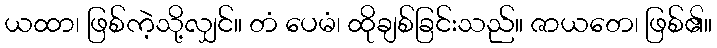
ယထာ၊ ဖြစ်ကဲ့သို့လျှင်။ တံ ပေမံ၊ ထိုချစ်ခြင်းသည်။ ဇာယတေ၊ ဖြစ်၏။